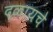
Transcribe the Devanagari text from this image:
दळायचे